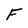
Character: F